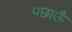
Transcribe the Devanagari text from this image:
पछाऊँ